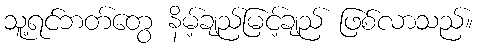
သူ့ရင်ဘတ်တွေ နိမ့်ချည်မြင့်ချည် ဖြစ်လာသည်။